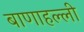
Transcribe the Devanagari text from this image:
बाणाहल्ली